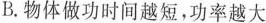
B.物体做功时间越短，功率越大